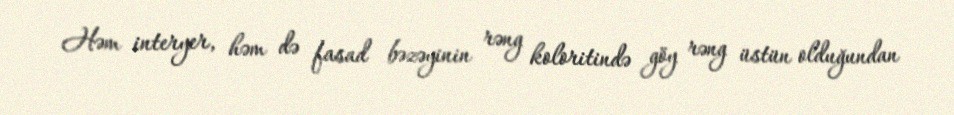
Həm interyer, həm də fasad bəzəyinin rəng koloritində göy rəng üstün olduğundan